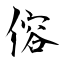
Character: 傛